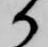
御